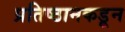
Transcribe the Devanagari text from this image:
प्रतिष्ठानकडून